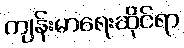
ကျန်းမာရေးဆိုင်ရာ